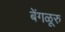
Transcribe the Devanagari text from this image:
बेंगळूरु